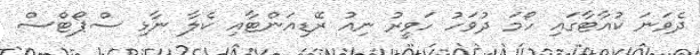
ދެވަނަ ކުއާޓާގައި ހޯމަ ދުވަހު ހަވީރު ނިއު ރޭޑިއަންޓާއި ކެލާ ނާޅި ސްޕޯޓްސް